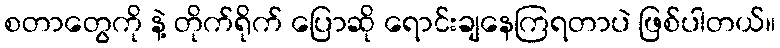
စတာတွေကို နဲ့ တိုက်ရိုက် ပြောဆို ရောင်းချနေကြရတာပဲ ဖြစ်ပါတယ်။